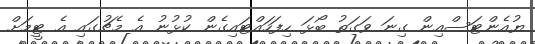
ޔުއެންޓަސްއިން ގިނަ ވަގަތު ބޯޅަ ހިފަހައްޓައިގެން ކުޅުނު އެ މެޗުގައި އެ ޓީމަށް